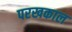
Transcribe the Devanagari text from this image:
परखकाल